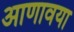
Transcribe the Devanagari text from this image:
आणावया